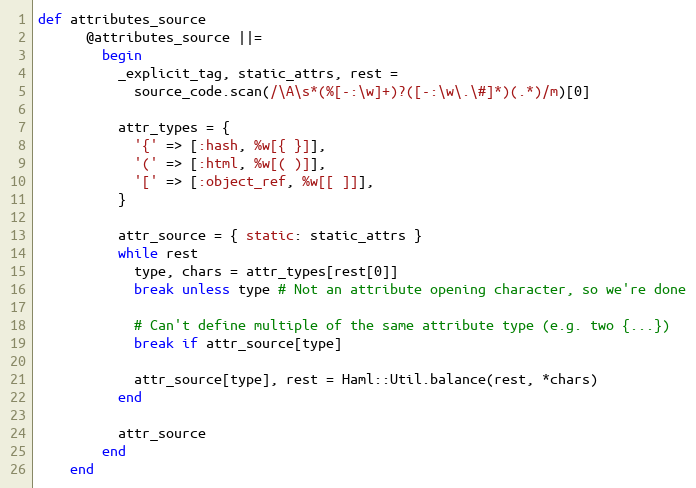
Language: Ruby
def attributes_source
      @attributes_source ||=
        begin
          _explicit_tag, static_attrs, rest =
            source_code.scan(/\A\s*(%[-:\w]+)?([-:\w\.\#]*)(.*)/m)[0]

          attr_types = {
            '{' => [:hash, %w[{ }]],
            '(' => [:html, %w[( )]],
            '[' => [:object_ref, %w[[ ]]],
          }

          attr_source = { static: static_attrs }
          while rest
            type, chars = attr_types[rest[0]]
            break unless type # Not an attribute opening character, so we're done

            # Can't define multiple of the same attribute type (e.g. two {...})
            break if attr_source[type]

            attr_source[type], rest = Haml::Util.balance(rest, *chars)
          end

          attr_source
        end
    end